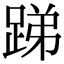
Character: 𨁃